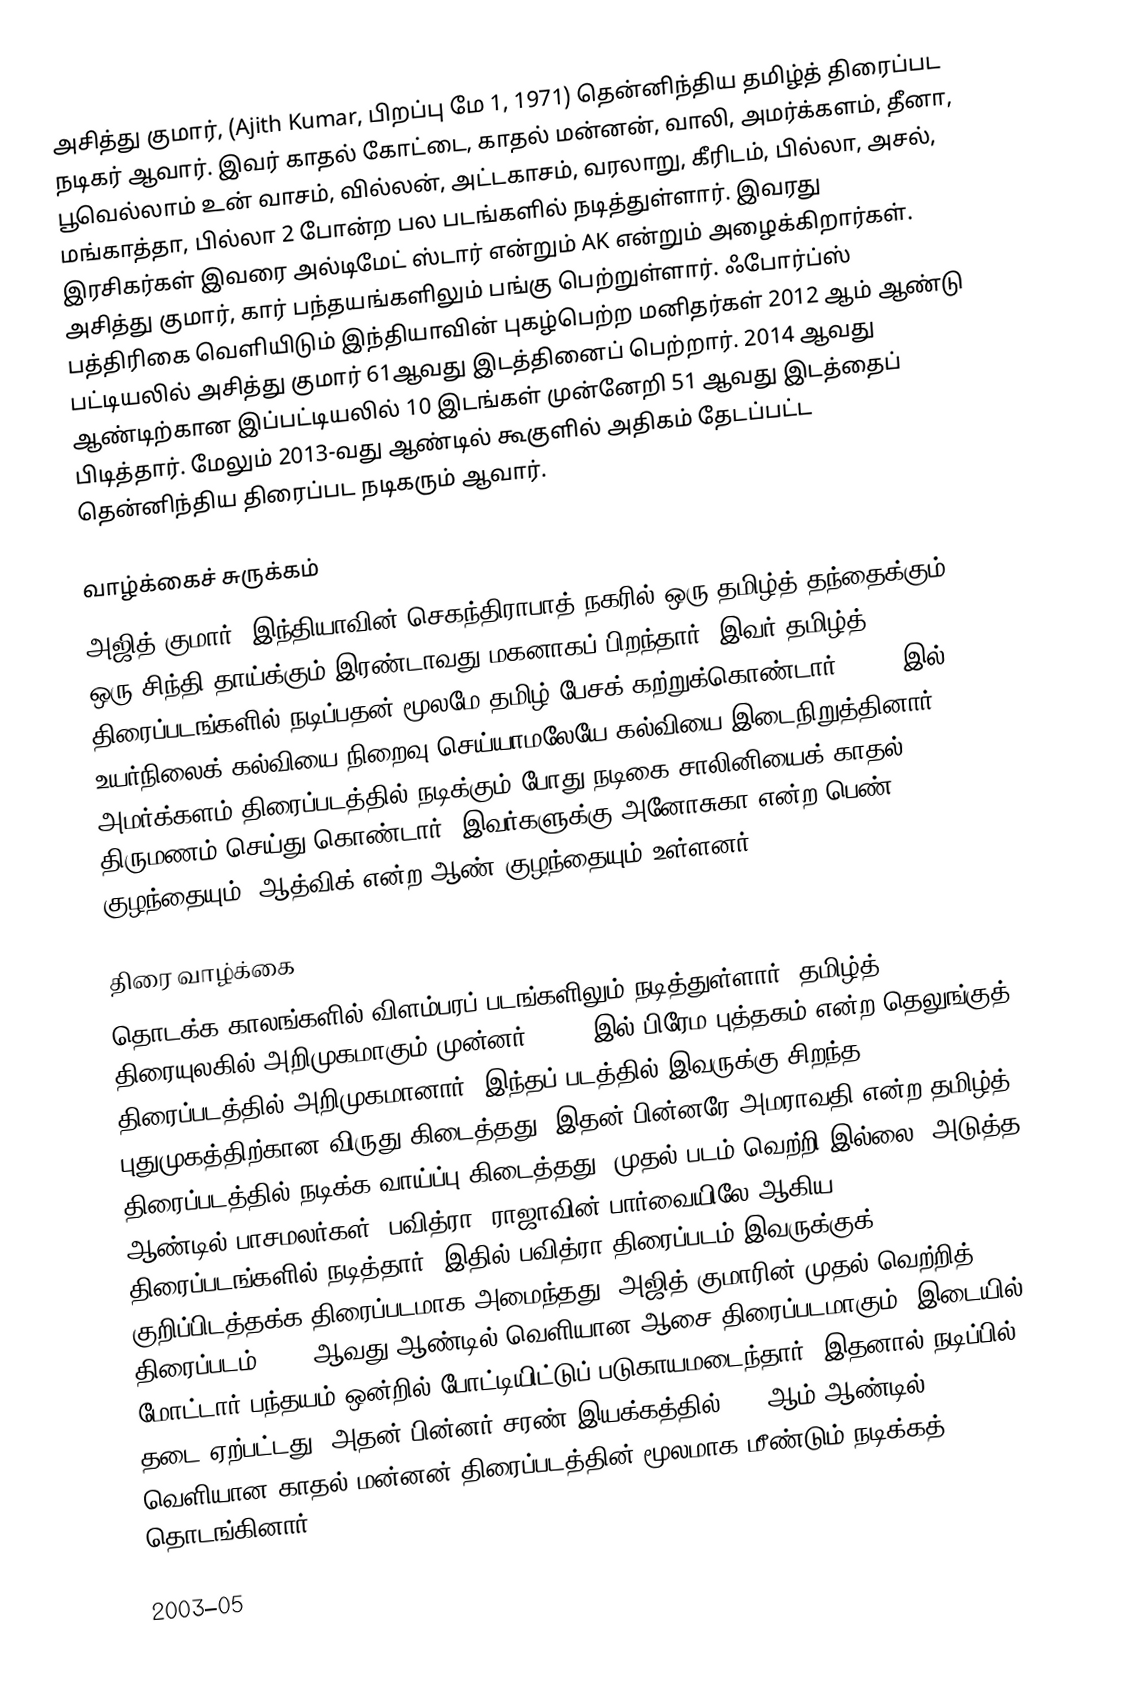
அசித்து குமார், (Ajith Kumar, பிறப்பு மே 1, 1971) தென்னிந்திய தமிழ்த் திரைப்பட நடிகர் ஆவார். இவர் காதல் கோட்டை, காதல் மன்னன், வாலி, அமர்க்களம், தீனா, பூவெல்லாம் உன் வாசம், வில்லன், அட்டகாசம், வரலாறு, கீரிடம், பில்லா, அசல், மங்காத்தா, பில்லா 2 போன்ற பல படங்களில் நடித்துள்ளார். இவரது இரசிகர்கள் இவரை அல்டிமேட் ஸ்டார் என்றும் AK என்றும் அழைக்கிறார்கள். அசித்து குமார், கார் பந்தயங்களிலும் பங்கு பெற்றுள்ளார். ஃபோர்ப்ஸ் பத்திரிகை வெளியிடும் இந்தியாவின் புகழ்பெற்ற மனிதர்கள் 2012 ஆம் ஆண்டு பட்டியலில் அசித்து குமார் 61ஆவது இடத்தினைப் பெற்றார். 2014 ஆவது ஆண்டிற்கான இப்பட்டியலில் 10 இடங்கள் முன்னேறி 51 ஆவது இடத்தைப் பிடித்தார். மேலும் 2013-வது ஆண்டில் கூகுளில் அதிகம் தேடப்பட்ட தென்னிந்திய திரைப்பட நடிகரும் ஆவார்.

வாழ்க்கைச் சுருக்கம்
அஜித் குமார், இந்தியாவின் செகந்திராபாத் நகரில் ஒரு தமிழ்த் தந்தைக்கும், ஒரு சிந்தி தாய்க்கும் இரண்டாவது மகனாகப் பிறந்தார். இவர் தமிழ்த் திரைப்படங்களில் நடிப்பதன் மூலமே தமிழ் பேசக் கற்றுக்கொண்டார். 1986 இல் உயர்நிலைக் கல்வியை நிறைவு செய்யாமலேயே கல்வியை இடைநிறுத்தினார். அமர்க்களம் திரைப்படத்தில் நடிக்கும் போது நடிகை சாலினியைக் காதல் திருமணம் செய்து கொண்டார். இவர்களுக்கு அனோசுகா என்ற பெண் குழந்தையும், ஆத்விக் என்ற ஆண் குழந்தையும் உள்ளனர்.

திரை வாழ்க்கை
தொடக்க காலங்களில் விளம்பரப் படங்களிலும் நடித்துள்ளார். தமிழ்த் திரையுலகில் அறிமுகமாகும் முன்னர், 1992 இல் பிரேம புத்தகம் என்ற தெலுங்குத் திரைப்படத்தில் அறிமுகமானார். இந்தப் படத்தில் இவருக்கு சிறந்த புதுமுகத்திற்கான விருது கிடைத்தது. இதன் பின்னரே அமராவதி என்ற தமிழ்த் திரைப்படத்தில் நடிக்க வாய்ப்பு கிடைத்தது. முதல் படம் வெற்றி இல்லை. அடுத்த ஆண்டில் பாசமலர்கள், பவித்ரா, ராஜாவின் பார்வையிலே ஆகிய திரைப்படங்களில் நடித்தார். இதில் பவித்ரா  திரைப்படம் இவருக்குக் குறிப்பிடத்தக்க திரைப்படமாக அமைந்தது. அஜித் குமாரின் முதல் வெற்றித் திரைப்படம் 1995 ஆவது ஆண்டில் வெளியான ஆசை திரைப்படமாகும். இடையில் மோட்டார் பந்தயம் ஒன்றில் போட்டியிட்டுப் படுகாயமடைந்தார். இதனால் நடிப்பில் தடை ஏற்பட்டது. அதன் பின்னர் சரண் இயக்கத்தில் 1998ஆம் ஆண்டில் வெளியான காதல் மன்னன் திரைப்படத்தின் மூலமாக மீண்டும் நடிக்கத் தொடங்கினார்.

2003–05